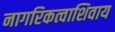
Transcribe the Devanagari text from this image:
नागरिकत्वाशिवाय